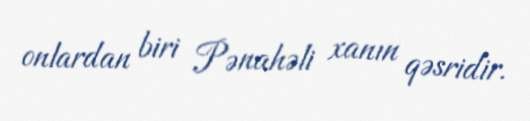
onlardan biri Pənahəli xanın qəsridir.